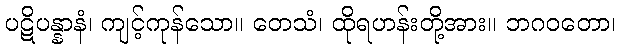
ပဋိပန္နာနံ၊ ကျင့်ကုန်သော။ တေသံ၊ ထိုရဟန်းတို့အား။ ဘဂဝတော၊